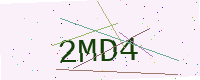
Text: 2MD4